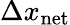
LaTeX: \Delta x_{\mathrm{net}}